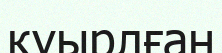
қуырлған